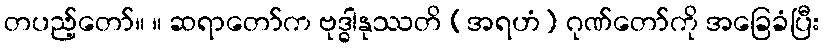
တပည့်တော်။ ။ ဆရာတော်က ဗုဒ္ဓါနုဿတိ (အရဟံ) ဂုဏ်တော်ကို အခြေခံပြီး